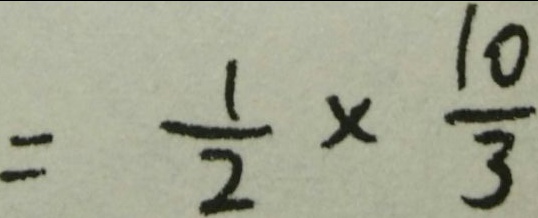
= \frac { 1 } { 2 } \times \frac { 1 0 } { 3 }